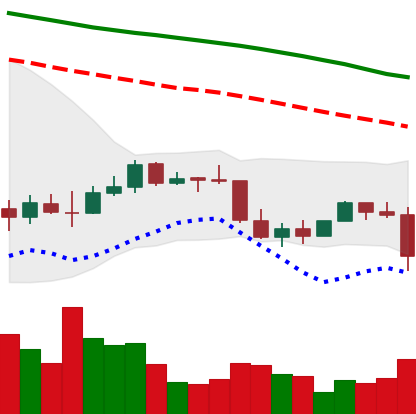
Ticker: EOS-USD
Chart end date: 2022-01-05
Forward return: -6.977%
Label: down_5_7